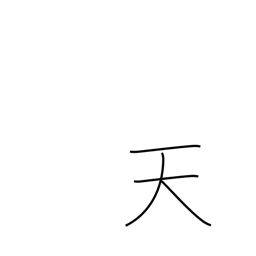
Meaning: heavens